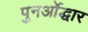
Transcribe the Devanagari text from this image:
पुनर्ओद्धार